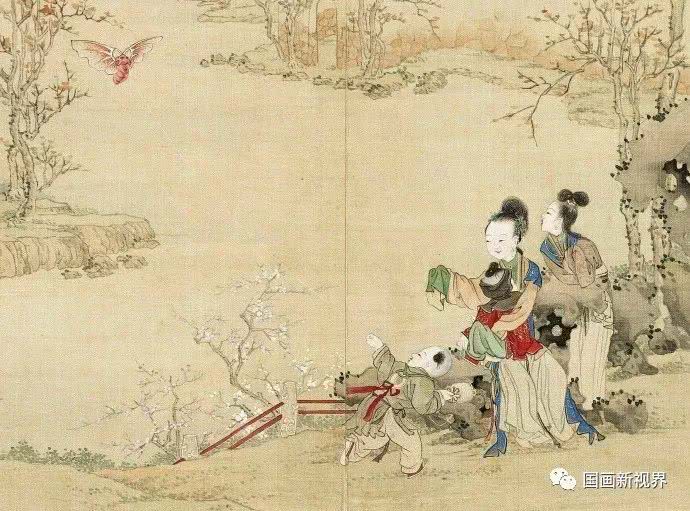
九衢雪小，千门月淡，元宵灯近。